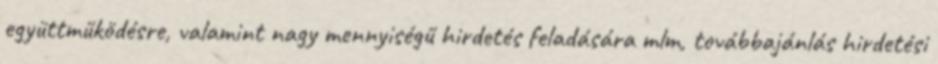
együttműködésre, valamint nagy mennyiségű hirdetés feladására mlm, továbbajánlás hirdetési